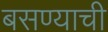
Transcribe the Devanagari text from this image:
बसण्‍याची